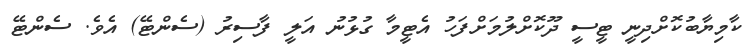
ކާމިޔާބުކޮށްދިނީ ޓީސީ ދޫކޮށްލުމަށްފަހު އެޓީމާ ގުޅުނު އަލީ ފާސިރު (ސެންޓޭ) އެވެ. ސެންޓޭ